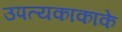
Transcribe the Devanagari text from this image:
उपत्यकाकाके